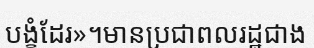
បង្ខំដែរ»។មានប្រជាពលរដ្ឋជាង